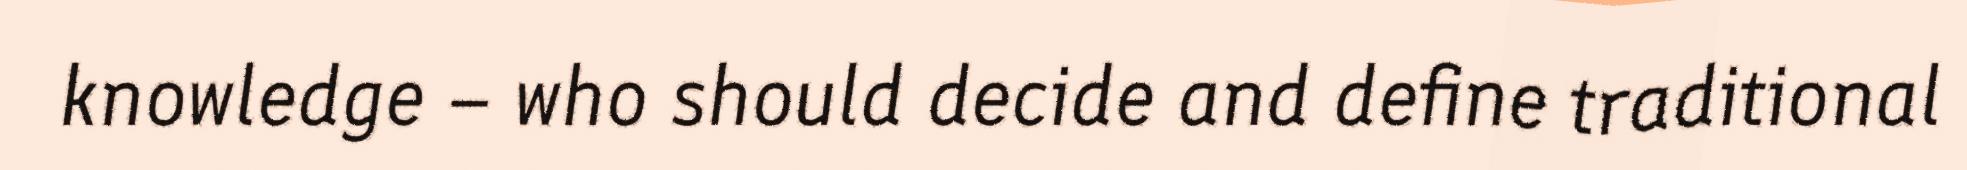
knowledge – who should decide and define traditional